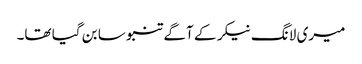
میری لانگ نیکر کے آگے تنبو سا بن گیا تھا۔